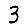
Digit: 3